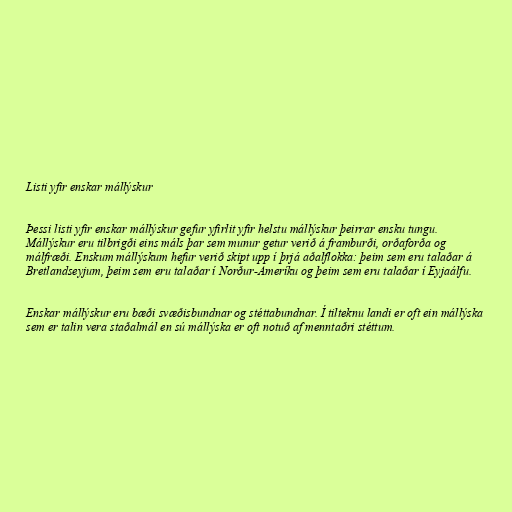
Listi yfir enskar mállýskur

Þessi listi yfir enskar mállýskur gefur yfirlit yfir helstu mállýskur þeirrar ensku tungu.
Mállýskur eru tilbrigði eins máls þar sem munur getur verið á framburði, orðaforða og
málfræði. Enskum mállýskum hefur verið skipt upp í þrjá aðalflokka: þeim sem eru talaðar á
Bretlandseyjum, þeim sem eru talaðar í Norður-Ameríku og þeim sem eru talaðar í Eyjaálfu.

Enskar mállýskur eru bæði svæðisbundnar og stéttabundnar. Í tilteknu landi er oft ein mállýska
sem er talin vera staðalmál en sú mállýska er oft notuð af menntaðri stéttum.